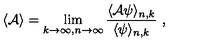
\langle { \cal A } \rangle = \lim _ { k \to \infty , n \to \infty } { \frac { \langle { \cal A } \psi \rangle _ { n , k } } { \langle \psi \rangle _ { n , k } } } \ ,